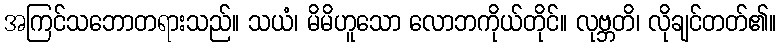
အကြင်သဘောတရားသည်။ သယံ၊ မိမိဟူသော လောဘကိုယ်တိုင်။ လုဗ္ဘတိ၊ လိုချင်တတ်၏။